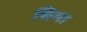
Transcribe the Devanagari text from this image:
चिमा